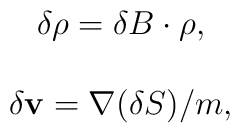
\begin{array}{c}\delta \rho =\delta B\cdot \rho , \\  \\ \delta {\bf v}={\bf \nabla }(\delta S)/m, \end{array}